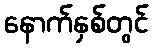
နောက်နှစ်တွင်